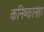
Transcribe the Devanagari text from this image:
कनिष्कानंतर